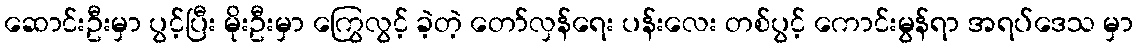
ဆောင်းဦးမှာ ပွင့်ပြီး မိုးဦးမှာ ကြွေလွင့် ခဲ့တဲ့ တော်လှန်ရေး ပန်းလေး တစ်ပွင့် ကောင်းမွန်ရာ အရပ်ဒေသ မှာ